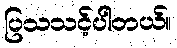
ပြသသင့်ပါတယ်။